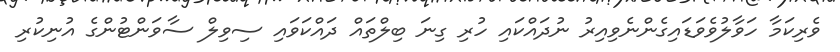
ވެރިކަމާ ހަވާލުވެވަޑައިގެންނެވިއިރު ނުދައްކައި ހުރި ގިނަ ބިލްތައް ދައްކަވައި ސިވިލް ސާވަންޓުންގެ އުނިކުރި